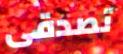
تصدقى